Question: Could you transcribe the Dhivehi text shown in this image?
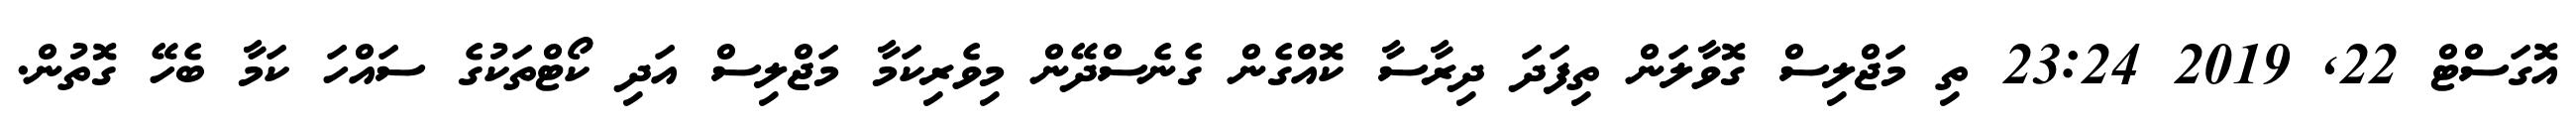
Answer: އޮގަސްޓް 22, 2019 23:24 ތި މަޖްލިސް ގޮވާލަން ތިފަދަ ދިރާސާ ކޮއްގެން ގެނެސްދޭން މިވެރިކަމާ މަޖްލިސް އަދި ކޯޓްތަކުގެ ސައްހަ ކަމާ ބެހޭ ގޮތުން.